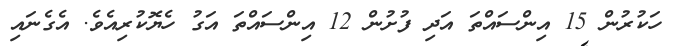
ހަކުރުން 15 އިންސައްތަ އަދި ފުށުން 12 އިންސައްތަ އަގު ހެޔޮކުރިއެވެ. އެގެނައި